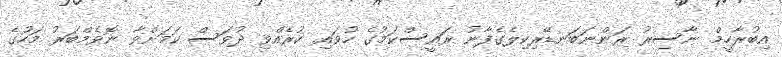
އިބުރާހީމް ނާސިރު ރަންނަބަނޑޭރިކިލެގެފާނު ރައީސްކަމުގެ ހުވައި ކުރެއްވި ދުވަސް ކަމަށްވާ ނޮވެމްބަރު މަހުގެ